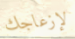
لإزعاجك